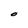
Character: O